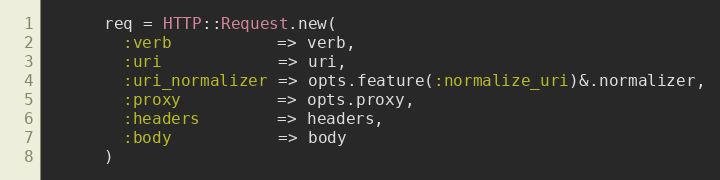
Language: Ruby
      req = HTTP::Request.new(
        :verb           => verb,
        :uri            => uri,
        :uri_normalizer => opts.feature(:normalize_uri)&.normalizer,
        :proxy          => opts.proxy,
        :headers        => headers,
        :body           => body
      )